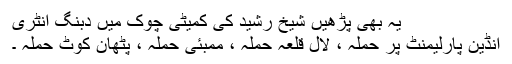
یہ بھی پڑھیں شیخ رشید کی کمیٹی چوک میں دبنگ انٹری
انڈین پارلیمنٹ پر حملہ ، لال قلعہ حملہ ، ممبئی حملہ ، پٹھان کوٹ حملہ ۔